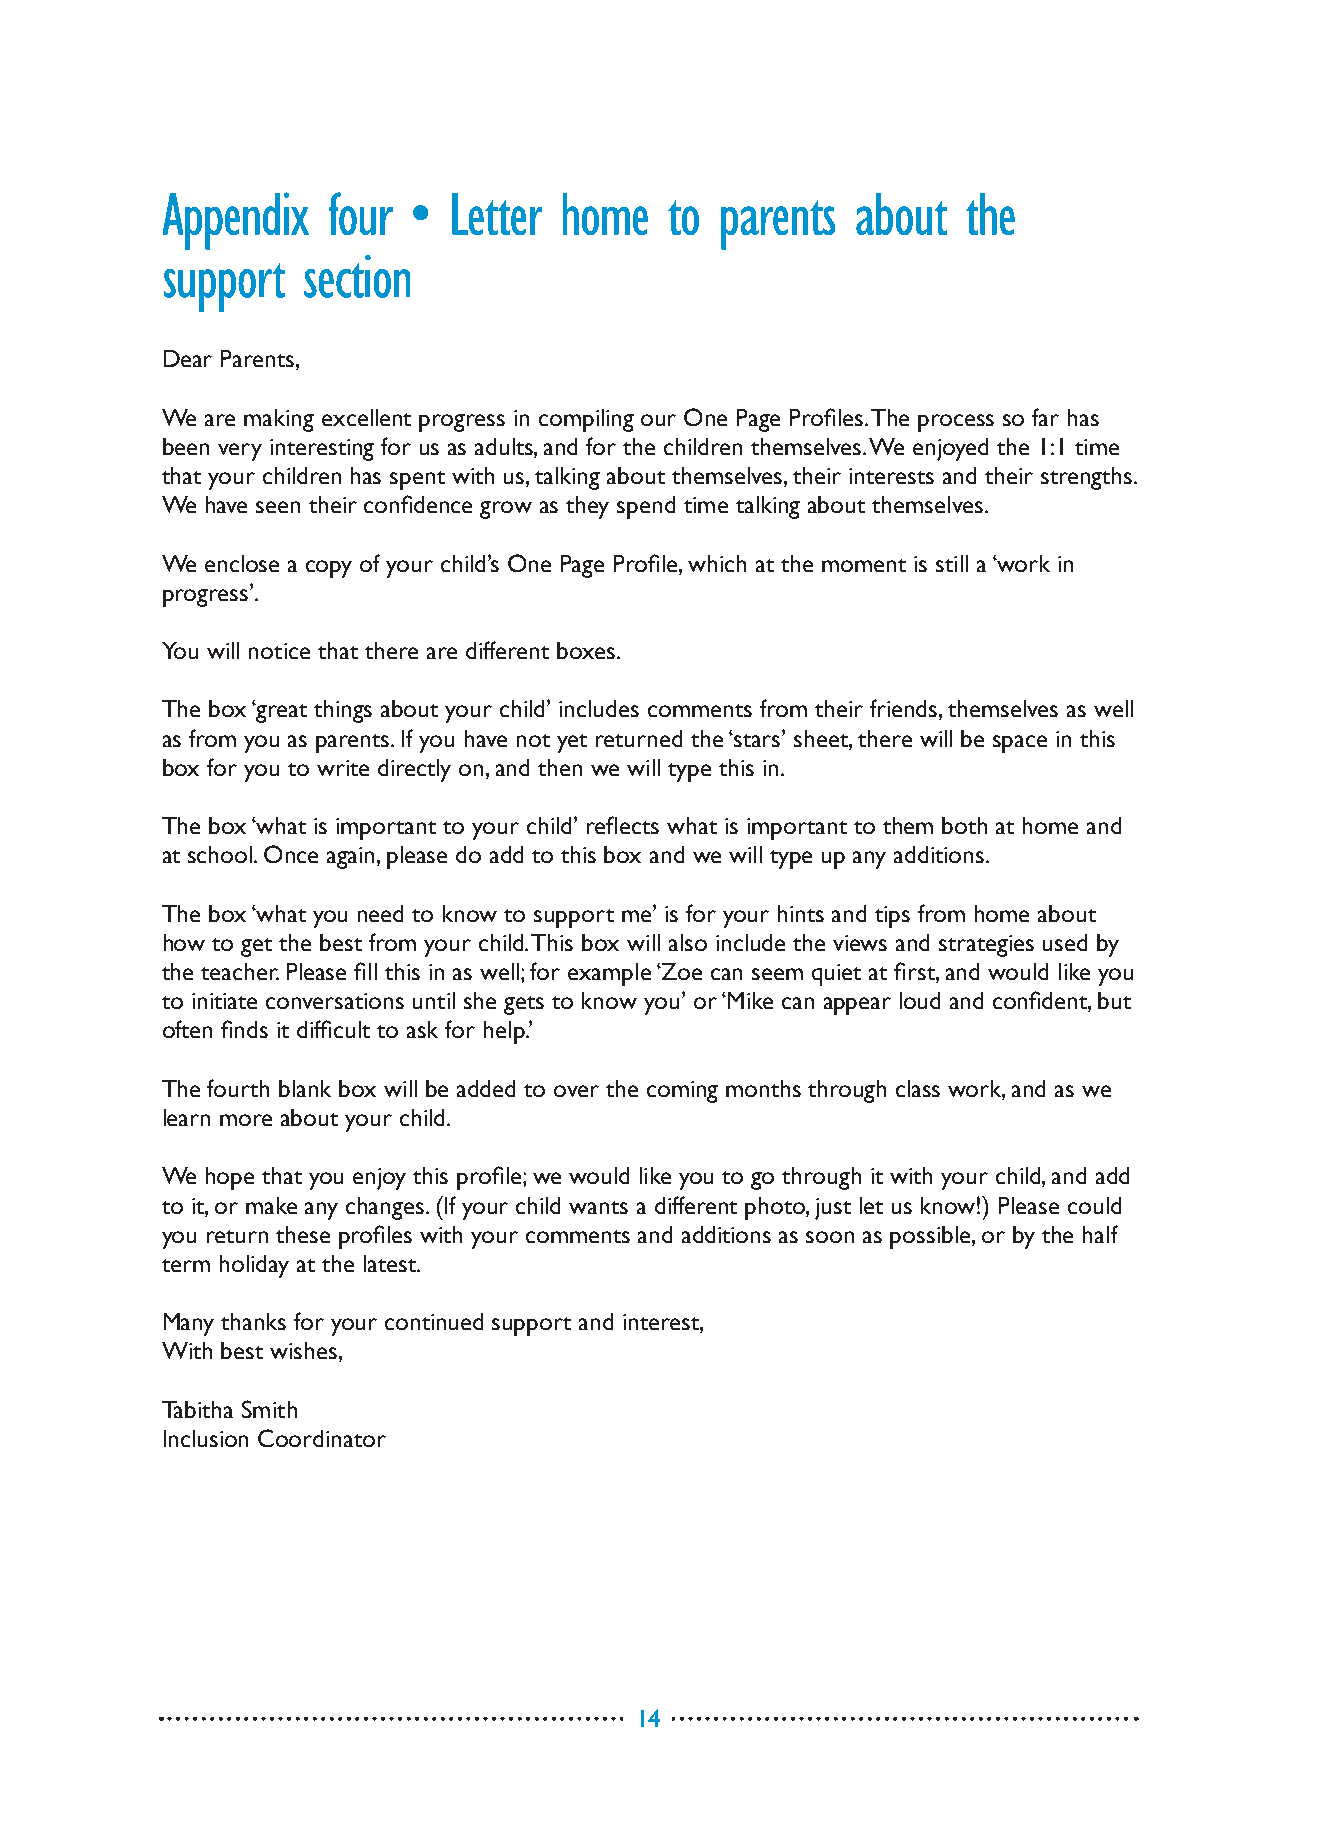
Appendix   four •  Letter home   to  parents  about  the
 support  section
 Dear Parents,
 We are making excellent progress in compiling our One Page Profiles. The process so far has
 been very interesting for us as adults, and for the children themselves. We enjoyed the 1:1 time
 that your children has spent with us, talking about themselves, their interests and their strengths.
 We have seen their confidence grow as they spend time talking about themselves.
 We enclose a copy of your child’s One Page Profile, which at the moment is still a ‘work in
 progress’.
 You will notice that there are different boxes.
 The box ‘great things about your child’ includes comments from their friends, themselves as well
 as from you as parents. If you have not yet returned the ‘stars’ sheet, there will be space in this
 box for you to write directly on, and then we will type this in.
 The box ‘what is important to your child’ reflects what is important to them both at home and
 at school. Once again, please do add to this box and we will type up any additions.
 The box ‘what you need to know to support me’ is for your hints and tips from home about
 how to get the best from your child. This box will also include the views and strategies used by
 the teacher. Please fill this in as well; for example ‘Zoe can seem quiet at first, and would like you
 to initiate conversations until she gets to know you’ or ‘Mike can appear loud and confident, but
 often finds it difficult to ask for help.’
 The fourth blank box will be added to over the coming months through class work, and as we
 learn more about your child.
 We hope that you enjoy this profile; we would like you to go through it with your child, and add
 to it, or make any changes. (If your child wants a different photo, just let us know!) Please could
 you return these profiles with your comments and additions as soon as possible, or by the half
 term holiday at the latest.
 Many thanks for your continued support and interest,
 With best wishes,
 Tabitha Smith
 Inclusion Coordinator
 14